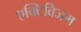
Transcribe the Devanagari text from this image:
एक्टिविजम